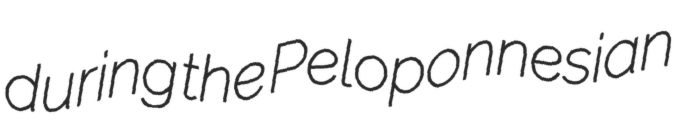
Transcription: during the Peloponnesian